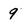
Character: q